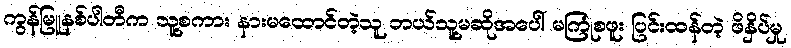
ကွန်မြူနစ်ပါတီက သူ့စကား နားမထောင်တဲ့သူ ဘယ်သူ့မဆိုအပေါ် မကြုံစဖူး ပြင်းထန်တဲ့ ဖိနှိပ်မှု